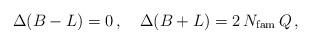
LaTeX: \begin{align*}\Delta(B-L) = 0\,,\quad \Delta(B+L) = 2\, N_{\rm fam} \, Q \,, \end{align*}